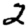
Digit: 2